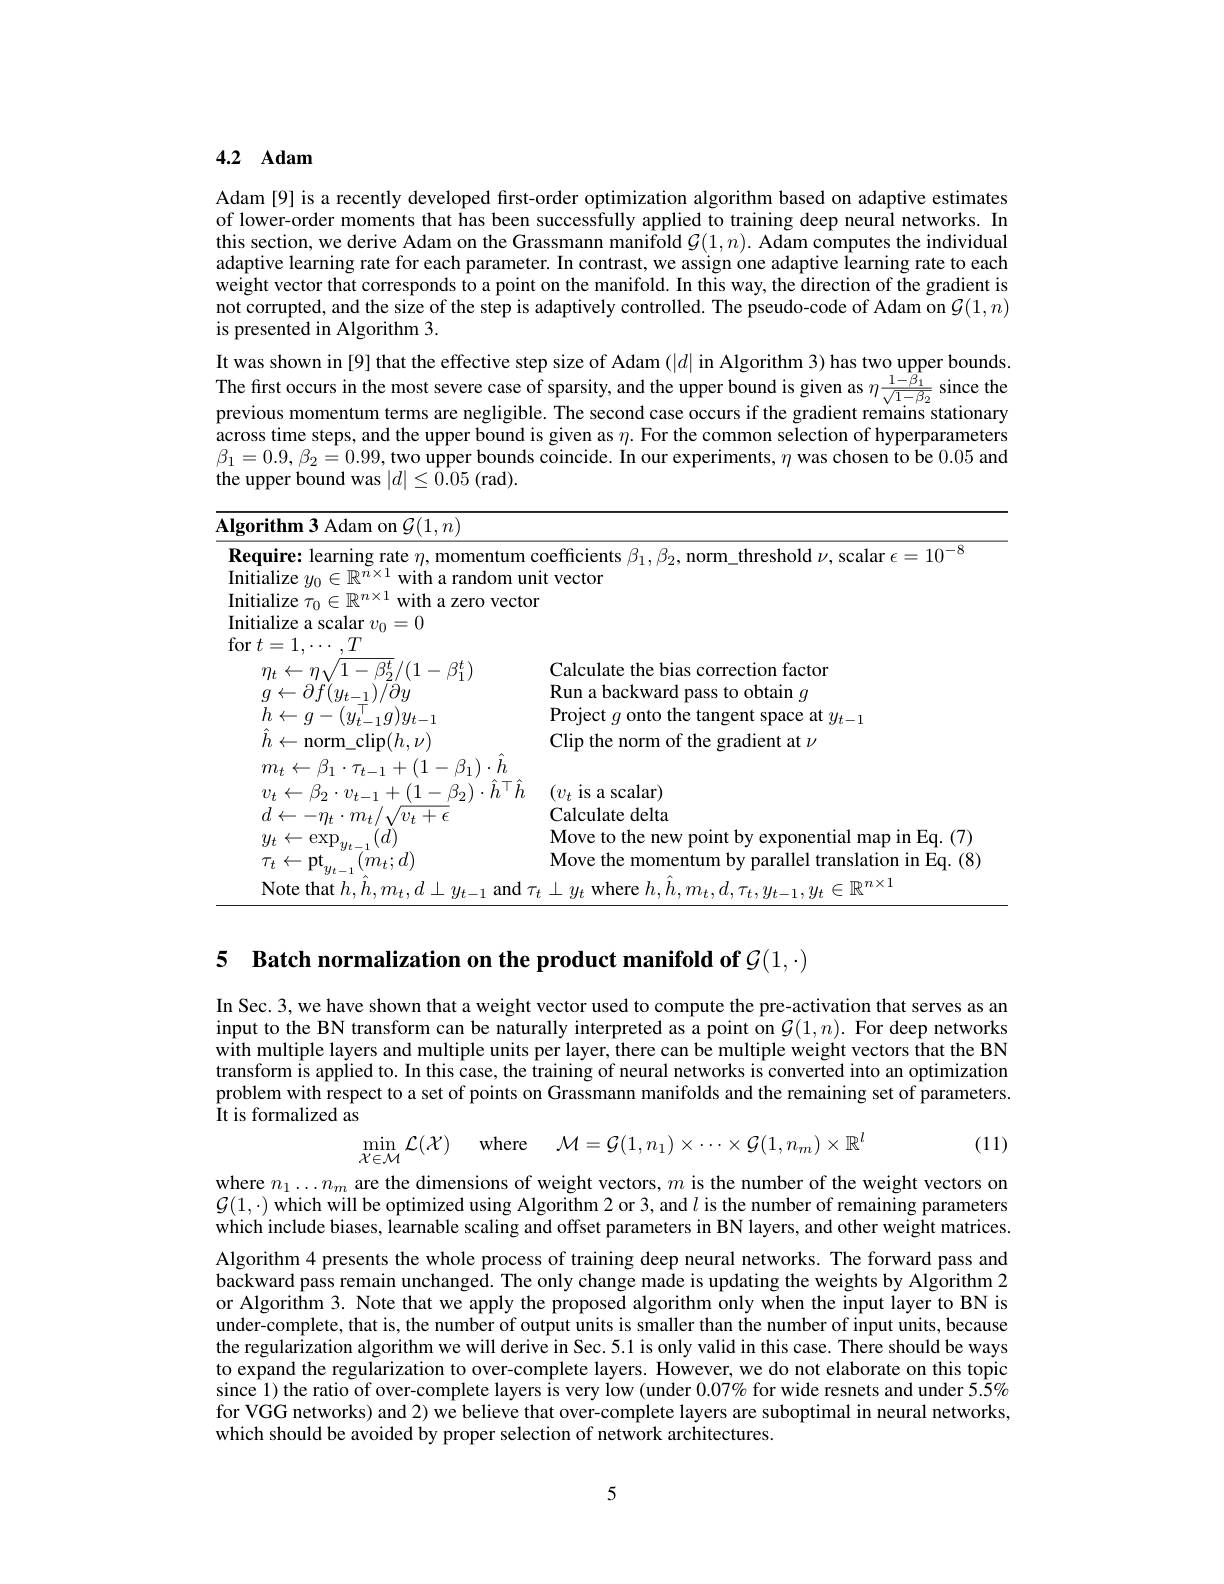
### 4.2 $\mathbf{Adam}$

Adam [9] is a recently developed fırst-order optimization algorithm based on adaptive estimates of lower-order moments that has been successfully applied to training deep neural networks. In this section, we derive Adam on the Grassmann manifold $\mathcal{G}(1,n).$ Adam computes the individual adaptive learning rate for each parameter. In contrast, we assign one adaptive learning rate to each weight vector that corresponds to a point on the manifold. In this way, the direction of the gradient is not corrupted, and the size of the step is adaptively controlled. The pseudo-code of Adam on $\mathcal{G}(1,n)$ is presented in Algorithm 3.
It was shown in [9] that the effective step size of Adam $(|d|$ in Algorithm 3) has two upper bounds The frst occurs in the most severe case of sparsity, and the upper bound is given as $\eta\frac{1-\beta_1}{\sqrt{1-\beta_2}}$ since the previous momentum terms are negligible. The second case occurs if the gradient remains stationary across time steps, and the upper bound is given as $\eta.$ For the common selection of hyperparameters $\beta_{1}=0.9,\beta_{2}=0.99$,two upper bounds coincide. In our experiments, $\eta$ was chosen to be 0.05 and the upper bound was $|d|\leq\bar{0.05}$ (rad).

<table>
	<tbody>
		<tr>
			<td>$\mathbf{Algorithm3}$ Adam on $\mathcal{G}(1,n)$</td>
			<td> </td>
		</tr>
		<tr>
			<td>$\mathbf{Require:learn}$ 011 no rate o $n.$momentu</td>
			<td>TI TIT 10-0</td>
		</tr>
		<tr>
			<td>$\operatorname{Initialize}\tau_0\in\mathbb{R}^{n\times1}$ with 1: a zero ve</td>
			<td>$yr$</td>
		</tr>
		<tr>
			<td>Initialize a scalar $v_0=0$ $\operatorname{for}t=1$, $^{\prime}I$</td>
			<td> </td>
		</tr>
		<tr>
			<td>$\eta_{t}\leftarrow\eta\sqrt{1-\beta_{2}^{t}}/(1-\beta_{1}^{t})$</td>
			<td>Calculate tion factor</td>
		</tr>
		<tr>
			<td>$h\leftarrow g$ $(y_{t-1}^{'}g)y_{t-1}$ 1-1</td>
			<td>Project onto t the tans ent spac $\textbf{at }y_{t- }$ $CE$ $\frac{1}{d}$</td>
		</tr>
		<tr>
			<td>$h\leftarrow$norm\_clip$(h,\nu)$</td>
			<td>Clin ot the gradient at $\nu$</td>
		</tr>
		<tr>
			<td>$m_{t}\leftarrow\beta_{1}\cdot\tau_{t-1}+$ $+(1-\beta_{1})\cdot h$</td>
			<td> </td>
		</tr>
		<tr>
			<td>$v_{t}\leftarrow\beta_{2}\cdot v$ 77. $(1-\beta_{2})\cdot h^{|}$</td>
			<td>$(v_t$ is a scalar)</td>
		</tr>
		<tr>
			<td>$d\leftarrow-\eta_{t}\cdot m_{t}$ $v_{t}+\epsilon$</td>
			<td>Calculate delta</td>
		</tr>
		<tr>
			<td>$y_{t}\leftarrow$exp</td>
			<td>Move to the new noint bv exnonentıal man in Ea. 1// 1</td>
		</tr>
		<tr>
			<td>$(m_{t};d)$ $\tau_{t}\leftarrow$pt</td>
			<td>Move the r sarallel t translation in Eq. (8 mome SOTLUTI</td>
		</tr>
		<tr>
			<td>A $m_{t,}d\perp g$ Note that$h. h.$ $y_{t-1}$ $an$</td>
			<td>mnXI</td>
		</tr>
	</tbody>
</table>

5 Batch normalization on the product manifold of $\mathcal{G}(1,\cdot)$

In Sec. 3, we have shown that a weight vector used to compute the pre-activation that serves as an input to the BN transform can be naturally interpreted as a point on $G(1,n).$ For deep networks $\hat{\text{with multiple layers and multiple units per layer, there can be multiple weight vectors that the BN}}$ transform is applied to. In this case, the training of neural networks is converted into an optimization problem with respect to a set of points on Grassmann manifolds and the remaining set of parameters. It is formalized as
(11)
$$\min_{\mathcal{X}\in\mathcal{M}}\mathcal{L}(\mathcal{X})\quad\mathrm{where}\quad\mathcal{M}=\mathcal{G}(1,n_{1})\times\cdots\times\mathcal{G}(1,n_{m})\times\mathbb{R}^{l}$$
where $n_1\ldots n_m$ are the dimensions of weight vectors, $m$ is the number of the weight vectors on $\mathcal{G}(1,\cdot)$ which will be optimized using Algorithm 2 or 3, and $l$ is the number of remaining parameters which include biases, learnable scaling and offset parameters in BN layers, and other weight matrices.

Algorithm 4 presents the whole process of training deep neural networks. The forward pass and backward pass remain unchanged. The only change made is updating the weights by Algorithm 2 or Algorithm 3. Note that we apply the proposed algorithm only when the input layer to BN is under-complete, that is, the number of output units is smaller than the number of input units, because the regularization algorithm we will derive in Sec.5.1 is only valid in this case. There should be ways to expand the regularization to over-complete layers. However, we do not elaborate on this topic since 1) the ratio of over-complete layers îs very low (under $0.07\%$ for wide resnets and under $5.\tilde{S}\%$ for VGG networks) and 2) we believe that over-complete layers are suboptimal in neural networks, which should be avoided by proper selection of network architectures.

5